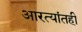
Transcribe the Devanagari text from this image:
आरत्यांतही